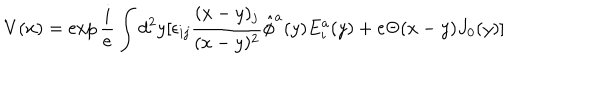
V ( x ) = \exp { \frac { i } { e } } \int d ^ { 2 } y [ \epsilon _ { i j } { \frac { ( x - y ) _ { j } } { ( x - y ) ^ { 2 } } } \hat { \phi } ^ { a } ( y ) E _ { i } ^ { a } ( y ) + e \Theta ( x - y ) J _ { 0 } ( y ) ]